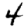
Digit: 4